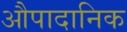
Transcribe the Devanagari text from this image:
औपादानिक